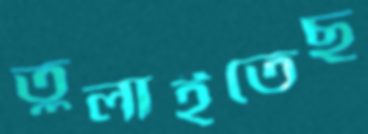
তুলাইতেছ